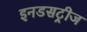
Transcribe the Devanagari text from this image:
इनडसट्रीज